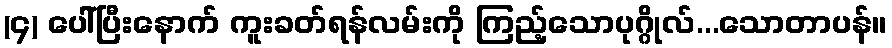
(၄) ပေါ်ပြီးနောက် ကူးခတ်ရန်လမ်းကို ကြည့်သောပုဂ္ဂိုလ်...သောတာပန်။